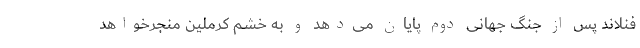
فنلاند پس از جنگ جهانی دوم پایان می‌دهد و به خشم کرملین منجرخواهد